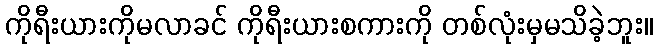
ကိုရီးယားကိုမလာခင် ကိုရီးယားစကားကို တစ်လုံးမှမသိခဲ့ဘူး။